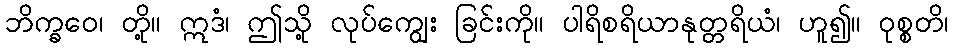
ဘိက္ခဝေ၊ တို့။ ဣဒံ၊ ဤသို့ လုပ်ကျွေး ခြင်းကို။ ပါရိစရိယာနုတ္တရိယံ၊ ဟူ၍။ ဝုစ္စတိ၊